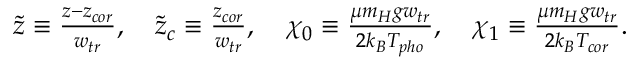
\begin{array} { r } { \tilde { z } \equiv \frac { z - z _ { c o r } } { w _ { t r } } , \quad \tilde { z } _ { c } \equiv \frac { z _ { c o r } } { w _ { t r } } , \quad \chi _ { 0 } \equiv \frac { \mu m _ { H } g w _ { t r } } { 2 k _ { B } T _ { p h o } } , \quad \chi _ { 1 } \equiv \frac { \mu m _ { H } g w _ { t r } } { 2 k _ { B } T _ { c o r } } . } \end{array}